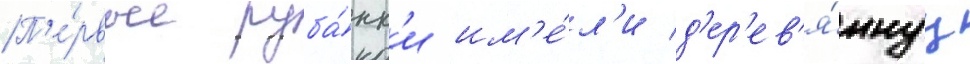
П'е́рвые руба́нк'и им'е́л'и д'ер'ев'я́ннуу